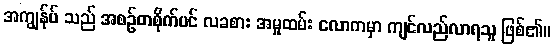
အကျွန်ုပ် သည် အစဉ်တစိုက်ပင် လခစား အမှုထမ်း လောကမှာ ကျင်လည်လာရသူ ဖြစ်၏။